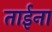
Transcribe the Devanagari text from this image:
ताईना